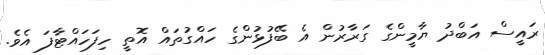
ރައީސް އަބްދު ޔާމީންގެ ގަރާރުން އެ ބޭފުޅުންގެ ހައްގުތައް އޮތީ ހިފަހައްޓާފަ އެވެ.